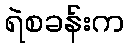
ရဲစခန်းက